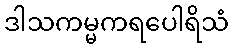
ဒါသကမ္မကရပေါရိသံ